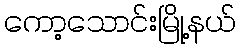
ကော့သောင်းမြို့နယ်